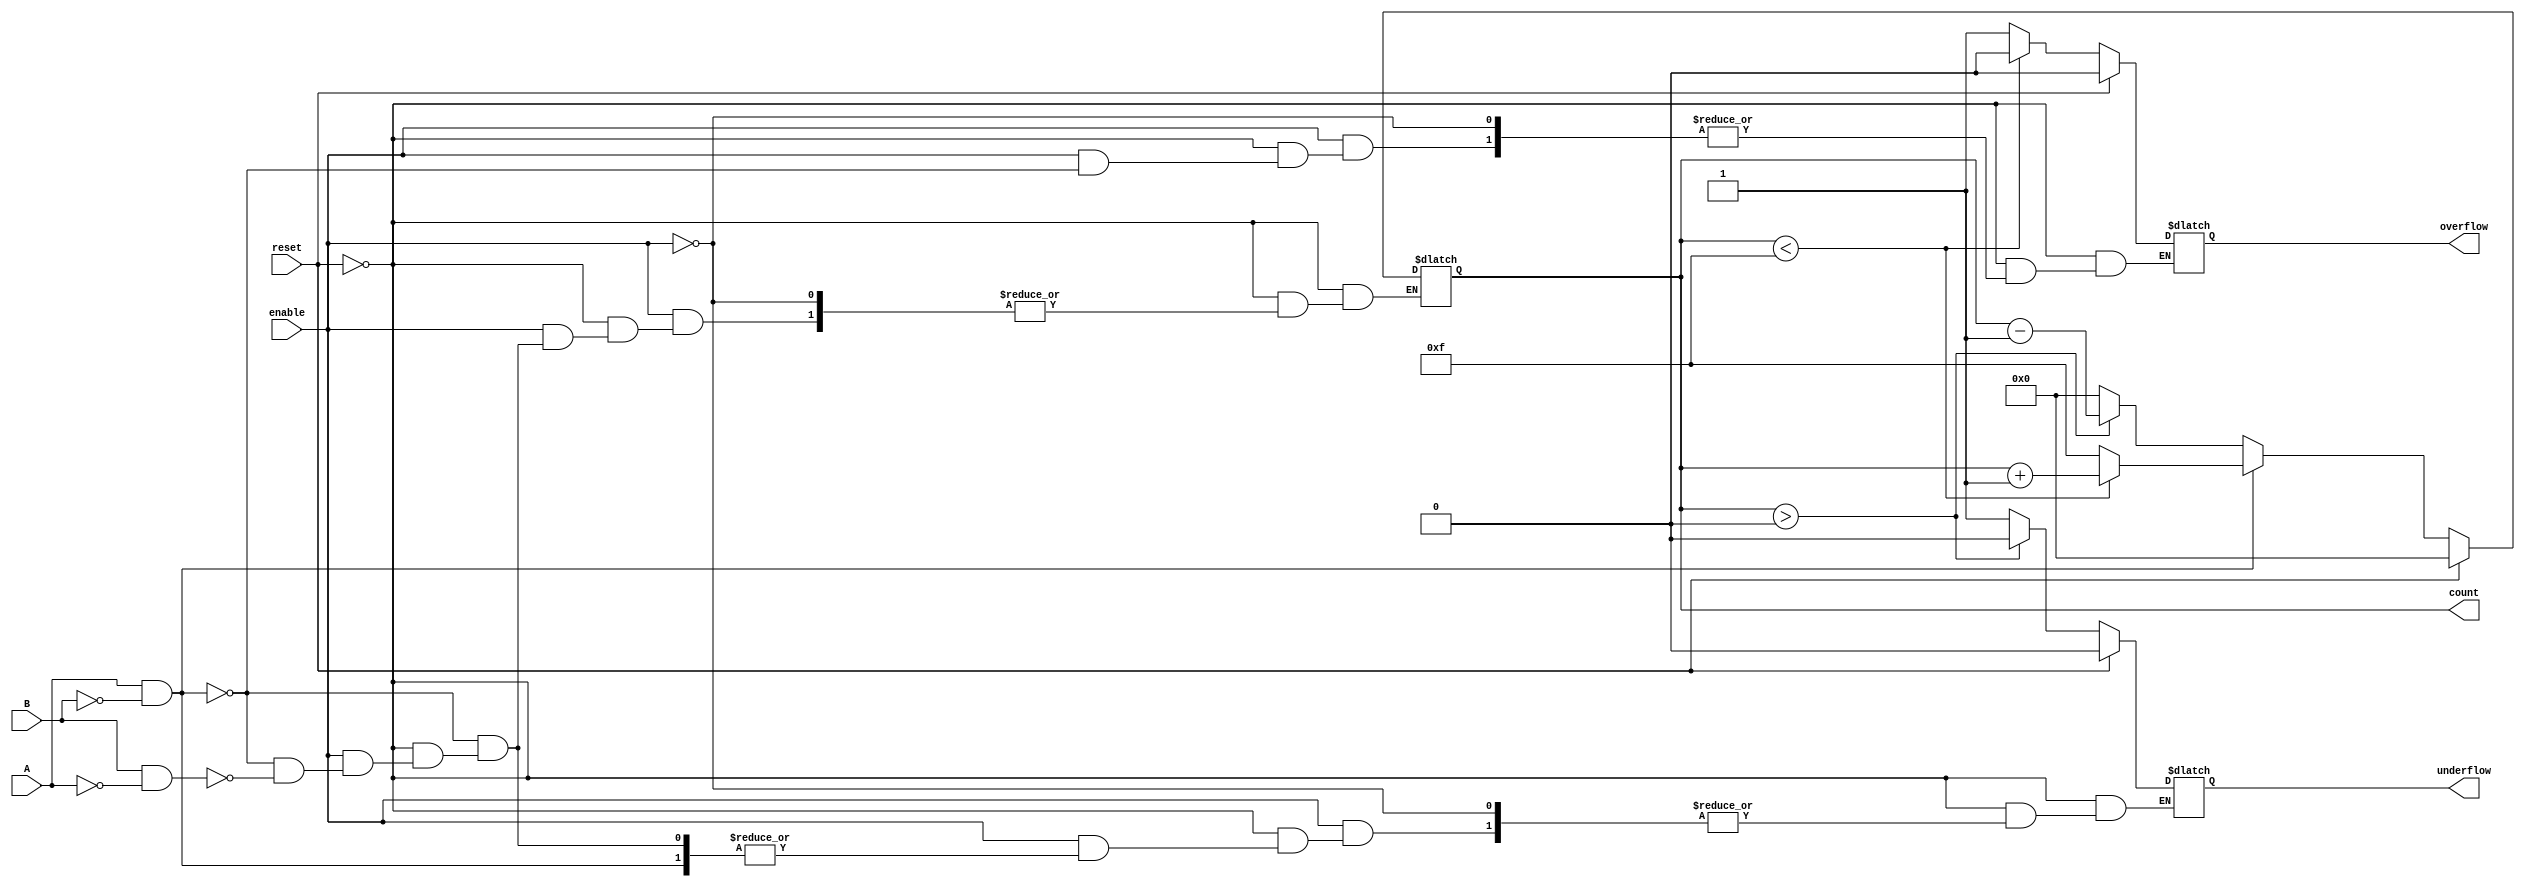
module dynamic_asynchronous_counter (
    input wire A,           // Count Up signal
    input wire B,           // Count Down signal
    input wire reset,       // Asynchronous reset signal
    input wire enable,      // Enable signal
    output reg [3:0] count, // 4-bit count value (can be adjusted based on requirements)
    output reg overflow,    // Overflow flag
    output reg underflow     // Underflow flag
);

    // Initialize the count and flags
    initial begin
        count = 4'b0000;  // Start count at 0
        overflow = 0;
        underflow = 0;
    end

    // Asynchronous reset
    always @(*) begin
        if (reset) begin
            count = 4'b0000; // Reset count to zero
            overflow = 0;    // Clear overflow flag
            underflow = 0;   // Clear underflow flag
        end else if (enable) begin
            // Count Up
            if (A && !B) begin
                if (count < 4'b1111) begin
                    count = count + 1;
                    overflow = 0; // No overflow
                end else begin
                    count = 4'b1111; // Max value
                    overflow = 1;    // Set overflow flag
                end
            end
            
            // Count Down
            else if (B && !A) begin
                if (count > 4'b0000) begin
                    count = count - 1;
                    underflow = 0; // No underflow
                end else begin
                    count = 4'b0000; // Min value
                    underflow = 1;    // Set underflow flag
                end
            end
        end
    end

endmodule